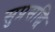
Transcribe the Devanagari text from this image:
सुप्रसद्धि